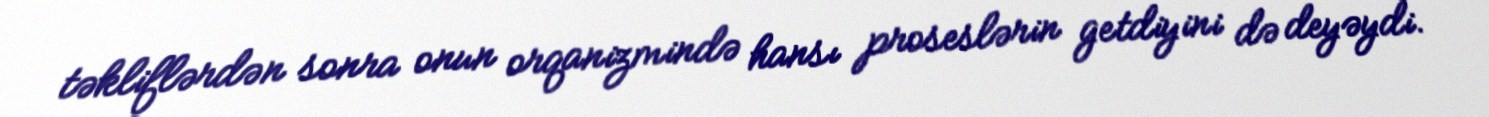
təkliflərdən sonra onun orqanizmində hansı proseslərin getdiyini də deyəydi.